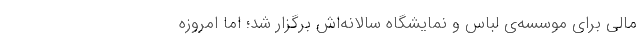
مالی برای موسسه‌ی لباس و نمایشگاه سالانه‌اش برگزار شد؛ اما امروزه